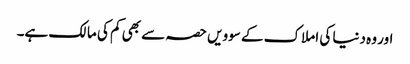
اور وہ دنیا کی املاک کے سوویں حصہ سے بھی کم کی مالک ہے۔